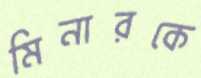
মিনারকে